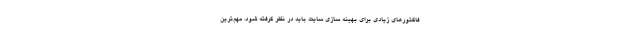
فاکتورهای زیادی برای بهینه سازی سایت باید در نظر گرفته شود. مهم‌ترین